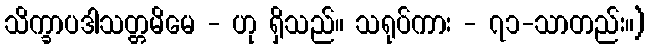
သိက္ခာပဒါသတ္တမိမေ - ဟု ရှိသည်။ သရုပ်ကား - ၇၁-သာတည်း။)